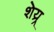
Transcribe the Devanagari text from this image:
शेय्र्र